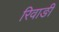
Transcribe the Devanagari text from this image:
रिवाङी